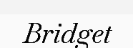
Bridget